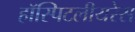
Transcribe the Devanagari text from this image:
हॉस्पिटलीयरेस